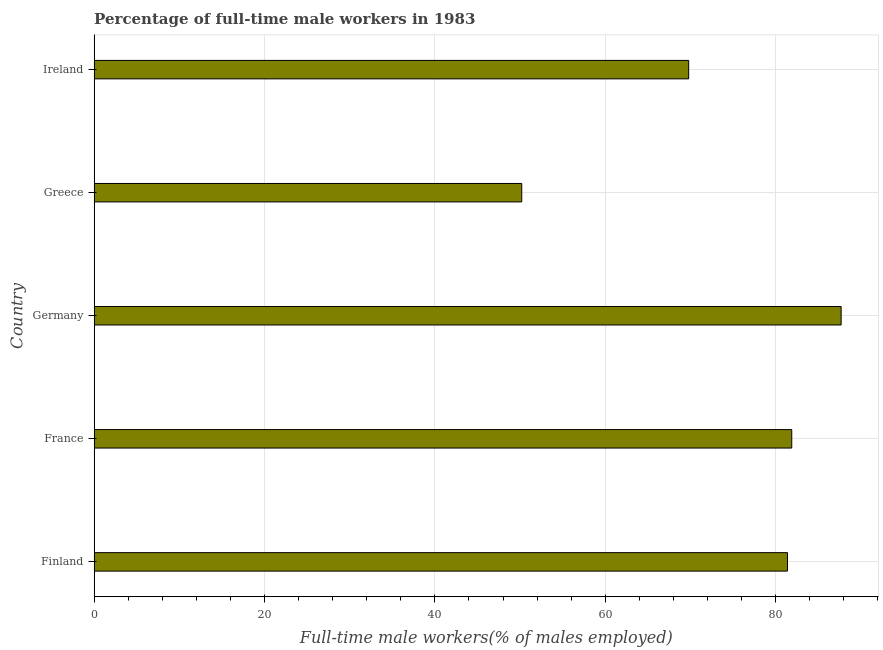
| Country | Wage and salary workers |
 | --- | --- |
 | Finland | 81.4 |
 | France | 81.9 |
 | Germany | 87.7 |
 | Greece | 50.2 |
 | Ireland | 69.8 |